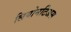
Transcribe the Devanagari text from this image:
लियोनटिअस